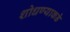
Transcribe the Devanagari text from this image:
शोधण्याकडे